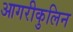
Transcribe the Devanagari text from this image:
आगरीकुलिन